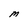
Character: M